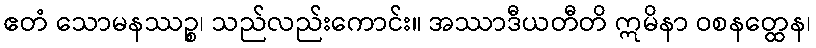
ဧတံ သောမနဿဉ္စ၊ သည်လည်းကောင်း။ အဿာဒီယတီတိ ဣမိနာ ဝစနတ္ထေန၊